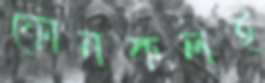
ফোনকলই